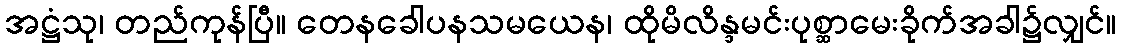
အဋ္ဌံသု၊ တည်ကုန်ပြီ။ တေနခေါပနသမယေန၊ ထိုမိလိန္ဒမင်းပုစ္ဆာမေးခိုက်အခါ၌လျှင်။